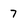
Character: 7